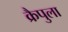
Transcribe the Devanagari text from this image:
क्रैपुला